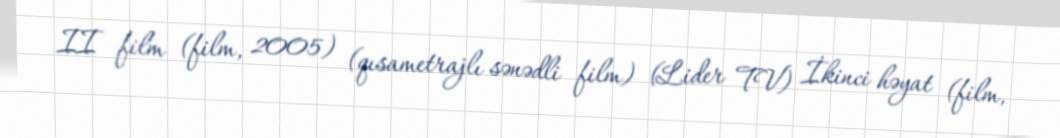
II film (film, 2005) (qısametrajlı sənədli film) (Lider TV) İkinci həyat (film,